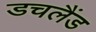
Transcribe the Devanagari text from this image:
डचलैंड